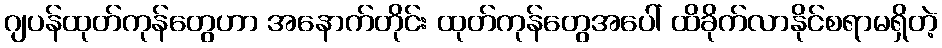
ဂျပန်ထုတ်ကုန်တွေဟာ အနောက်တိုင်း ထုတ်ကုန်တွေအပေါ် ထိခိုက်လာနိုင်စရာမရှိတဲ့